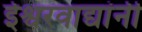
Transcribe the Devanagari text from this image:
ईश्वरवाद्यांनी